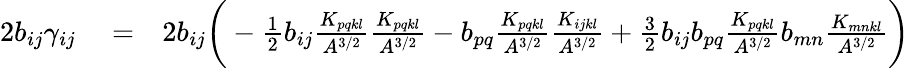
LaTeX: \begin{array}{rlr}{2b_{ij}\gamma_{ij}}&{{}=}&{2b_{ij}\bigg(-\frac{1}{2}b_{ij}\frac{K_{pqkl}}{A^{3/2}}\frac{K_{pqkl}}{A^{3/2}}-b_{pq}\frac{K_{pqkl}}{A^{3/2}}\frac{K_{ijkl}}{A^{3/2}}+\frac{3}{2}b_{ij}b_{pq}\frac{K_{pqkl}}{A^{3/2}}b_{mn}\frac{K_{mnkl}}{A^{3/2}}\bigg)}\end{array}